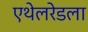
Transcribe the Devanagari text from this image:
एथेलरेडला